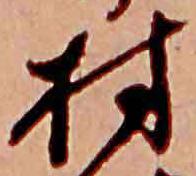
村